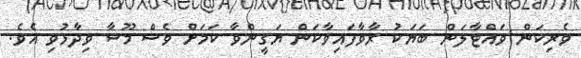
ވެރިކަން ވައްޓާލަން ބަޔަކު ރާވާފައިވާކަން ޔަގީންވާ ކަމަށް ވެސް މޫސާ ވިދާޅުވި އެވެ.